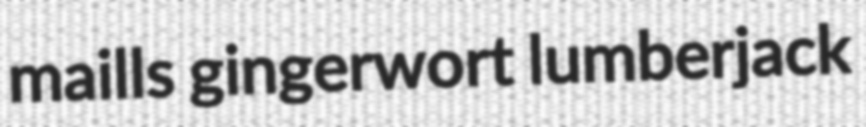
maills gingerwort lumberjack